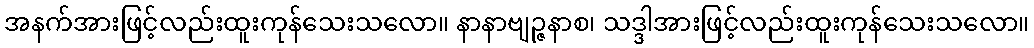
အနက်အားဖြင့်လည်းထူးကုန်သေးသလော။ နာနာဗျဉ္ဇနာစ၊ သဒ္ဒါအားဖြင့်လည်းထူးကုန်သေးသလော။